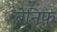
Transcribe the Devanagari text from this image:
ब्रेनिफ